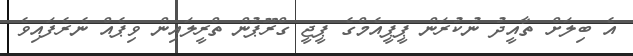
އެ ބިލަށް ތާއީދު ނުކުރަން ޕީޕީއެމްގެ ޕީޖީ ގްރޫޕުން ތްރީލައިން ވިޕެއް ނެރެފައިވެ